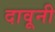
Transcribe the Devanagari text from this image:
दावूनी